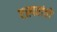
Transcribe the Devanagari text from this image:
एस्परांतो